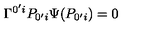
\Gamma ^ { 0 ^ { \prime } i } P _ { 0 ^ { \prime } i } \Psi ( P _ { 0 ^ { \prime } i } ) = 0